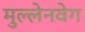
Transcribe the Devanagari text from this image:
मुल्लेनवेग